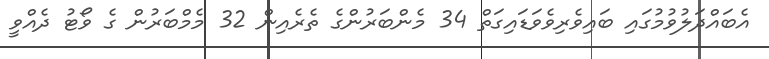
އެބައްދަލުވުމުގައި ބައިވެރިވެވަޑައިގަތް 34 މެންބަރުންގެ ތެރެއިން 32 މެމްބަރުން ގެ ވޯޓު ދެއްވީ